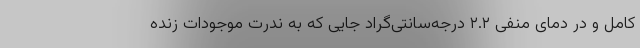
کامل و در دمای منفی ۲.۲ درجه‌سانتی‌گراد جایی که به ندرت موجودات زنده